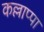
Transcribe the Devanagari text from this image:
कल्लाप्पा